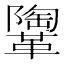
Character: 𩍂